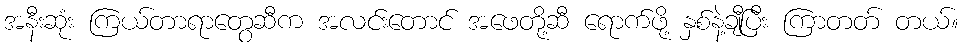
အနီးဆုံး ကြယ်တာရာတွေဆီက အလင်းတောင် အဖေတို့ဆီ ရောက်ဖို့ နှစ်နဲ့ချီပြီး ကြာတတ် တယ်။